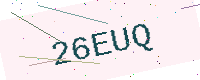
Text: 26EUQ